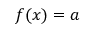
\textstyle f ( x ) = a